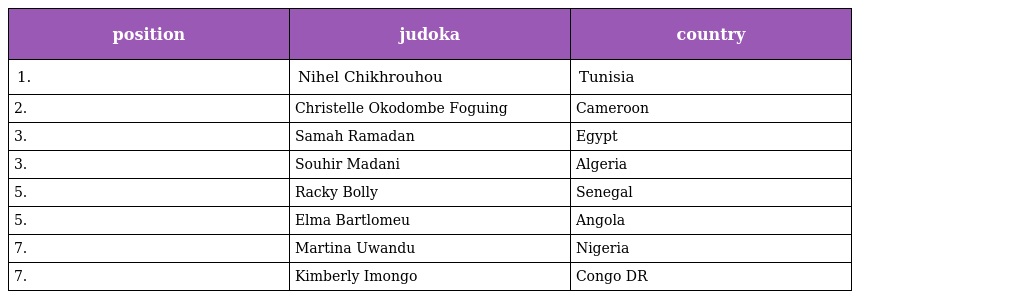
| position | judoka | country |
 | --- | --- | --- |
 | 1. | Nihel Chikhrouhou | Tunisia |
 | 2. | Christelle Okodombe Foguing | Cameroon |
 | 3. | Samah Ramadan | Egypt |
 | 3. | Souhir Madani | Algeria |
 | 5. | Racky Bolly | Senegal |
 | 5. | Elma Bartlomeu | Angola |
 | 7. | Martina Uwandu | Nigeria |
 | 7. | Kimberly Imongo | Congo DR |